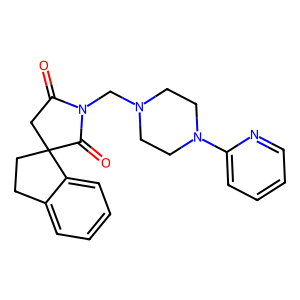
SMILES: O=C1CC2(CCc3ccccc32)C(=O)N1CN1CCN(c2ccccn2)CC1
Inhibits HIV replication: No